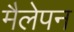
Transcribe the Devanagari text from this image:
मैलेपन